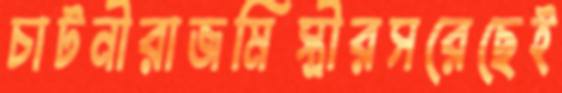
চাটনীরাজমিস্ত্রীরসরেছেই